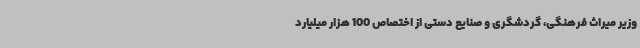
وزیر میراث فرهنگی، گردشگری و صنایع دستی از اختصاص 100 هزار میلیارد